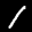
Label: 1